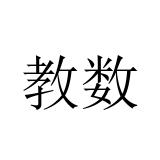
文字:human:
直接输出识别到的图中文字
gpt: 教数